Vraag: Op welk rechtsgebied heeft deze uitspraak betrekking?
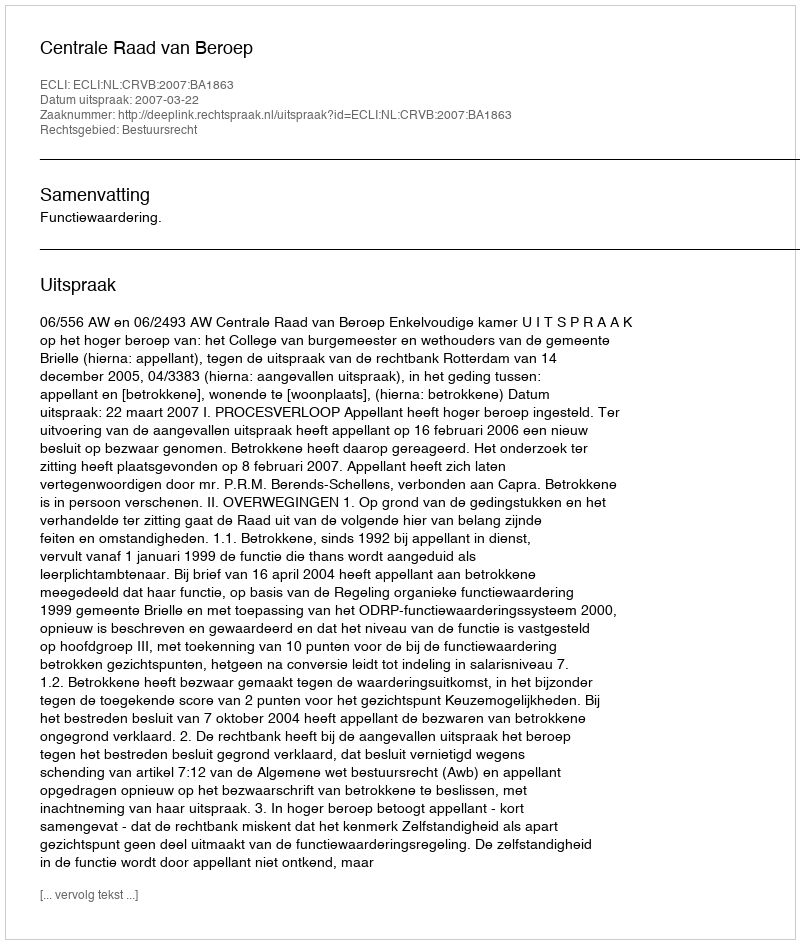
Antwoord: Bestuursrecht